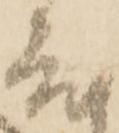
度